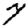
Digit: 7